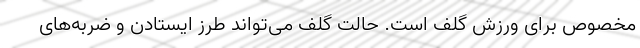
مخصوص برای ورزش گلف است. حالت گلف می‌تواند طرز ایستادن و ضربه‌های